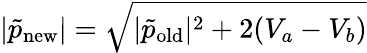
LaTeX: |\tilde{p}_{\mathrm{new}}|=\sqrt{|\tilde{p}_{\mathrm{old}}|^{2}+2(V_{a}-V_{b})}